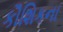
કૌશિકના